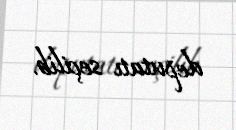
deputatı seçilib.